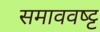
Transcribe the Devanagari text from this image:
समाववष्ट्ट